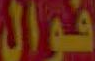
قوال